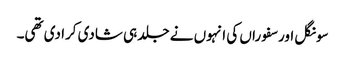
سونگل اور سفوراں کی انہوں نے جلد ہی شادی کرا دی تھی۔